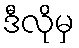
ဒီလိုမှ